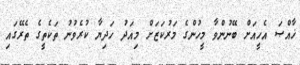
ޚާއްޞަ އެހީއަށް ބޭނުންވާ މީހުންގެ މަރުކަޒަށް މިއަދު ހަދިޔާ ކުރެވުނު ތަކެތީގެ ތެރޭގައި